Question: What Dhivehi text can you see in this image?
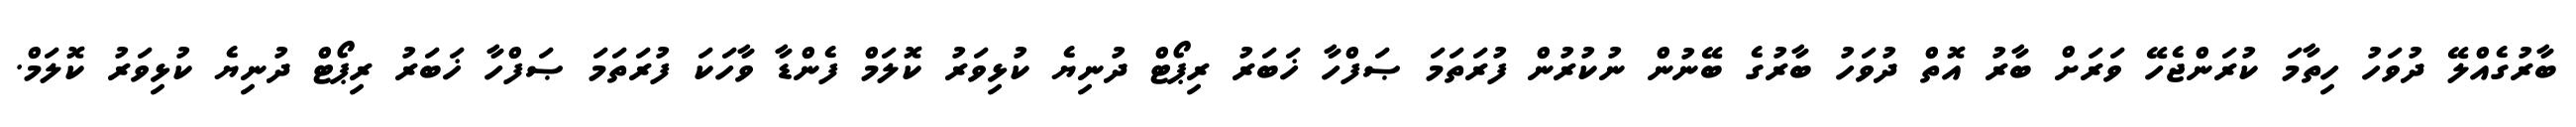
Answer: ބާރުގެއްލޭ ދުވަހު ހިތާމަ ކުރަންޖެހޭ ވަރަށް ބާރު އޮތް ދުވަހު ބާރުގެ ބޭނުން ނުކުރުން ފުރަތަމަ ޞަފްހާ ޚަބަރު ރިޕޯޓް ދުނިޔެ ކުޅިވަރު ކޮލަމް ފެންޑާ ވާހަކަ ފުރަތަމަ ޞަފްހާ ޚަބަރު ރިޕޯޓް ދުނިޔެ ކުޅިވަރު ކޮލަމް.